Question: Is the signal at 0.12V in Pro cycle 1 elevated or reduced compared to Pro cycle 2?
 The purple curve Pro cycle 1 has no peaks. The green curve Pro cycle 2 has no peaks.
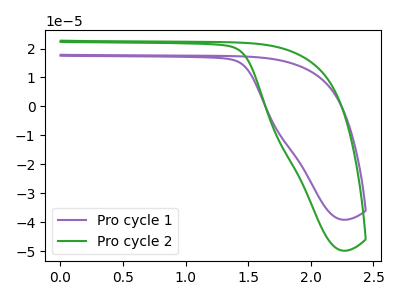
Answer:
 <answer>"Pro cycle 1" and "Pro cycle 2" dont share a peak at 0.12V.</answer>
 <eval>mismatch</eval>